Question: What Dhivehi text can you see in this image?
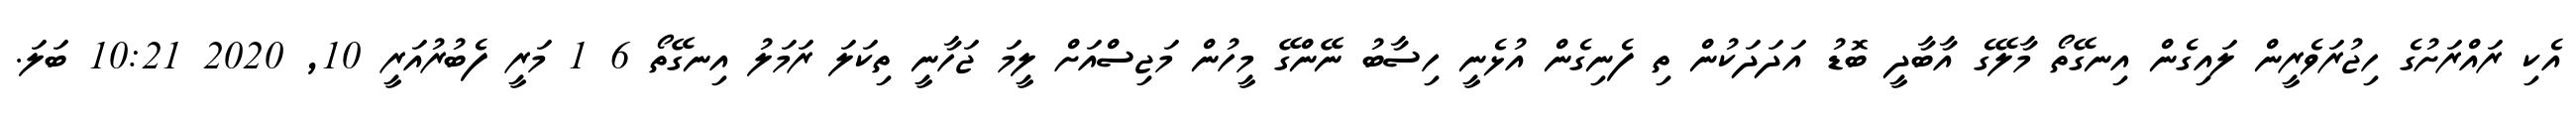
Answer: އެކި ރައްރަށުގެ ހިޖުރަވެރީން ލައިގެން އިނގޭތޯ މާލޭގެ އާބާދީ ބޮޑު އަދަދަކުން ތި ފެނިގެން އުޅެނީ ހިސާބު ނޭންގޭ މީހުން މަޖިސްއަށް ލީމަ ޖަހާނީ ތިކަލަ ރަމަލު އިނގޭތޯ 6 1 މަރީ ފެބުރުއަރީ 10, 2020 10:21 ބަލަ.